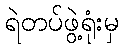
ရဲတပ်ဖွဲ့ရုံးမှ